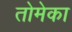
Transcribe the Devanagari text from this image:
तोमेका